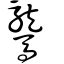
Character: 驡